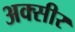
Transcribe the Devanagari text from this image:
अक्सीर